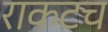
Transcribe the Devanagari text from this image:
राकटच